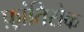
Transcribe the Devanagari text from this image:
फ़्रांतिसेक